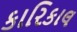
કારિકાલ